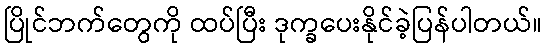
ပြိုင်ဘက်တွေကို ထပ်ပြီး ဒုက္ခပေးနိုင်ခဲ့ပြန်ပါတယ်။